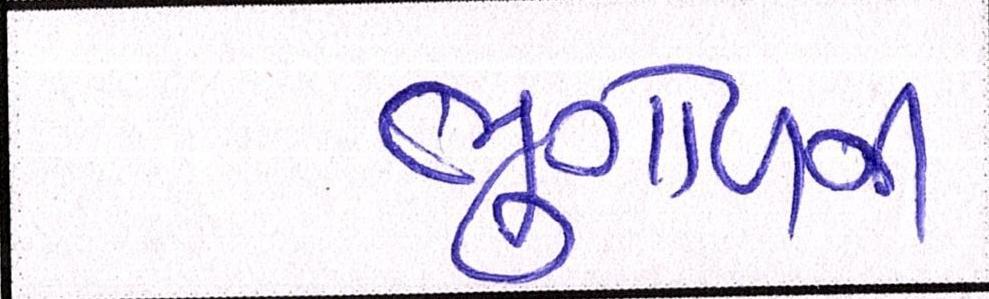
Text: ભુગોળની